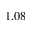
1 . 0 8